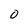
Character: 0